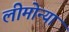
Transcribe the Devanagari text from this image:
लीमोन्या